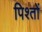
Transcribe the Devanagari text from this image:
पिश्तों